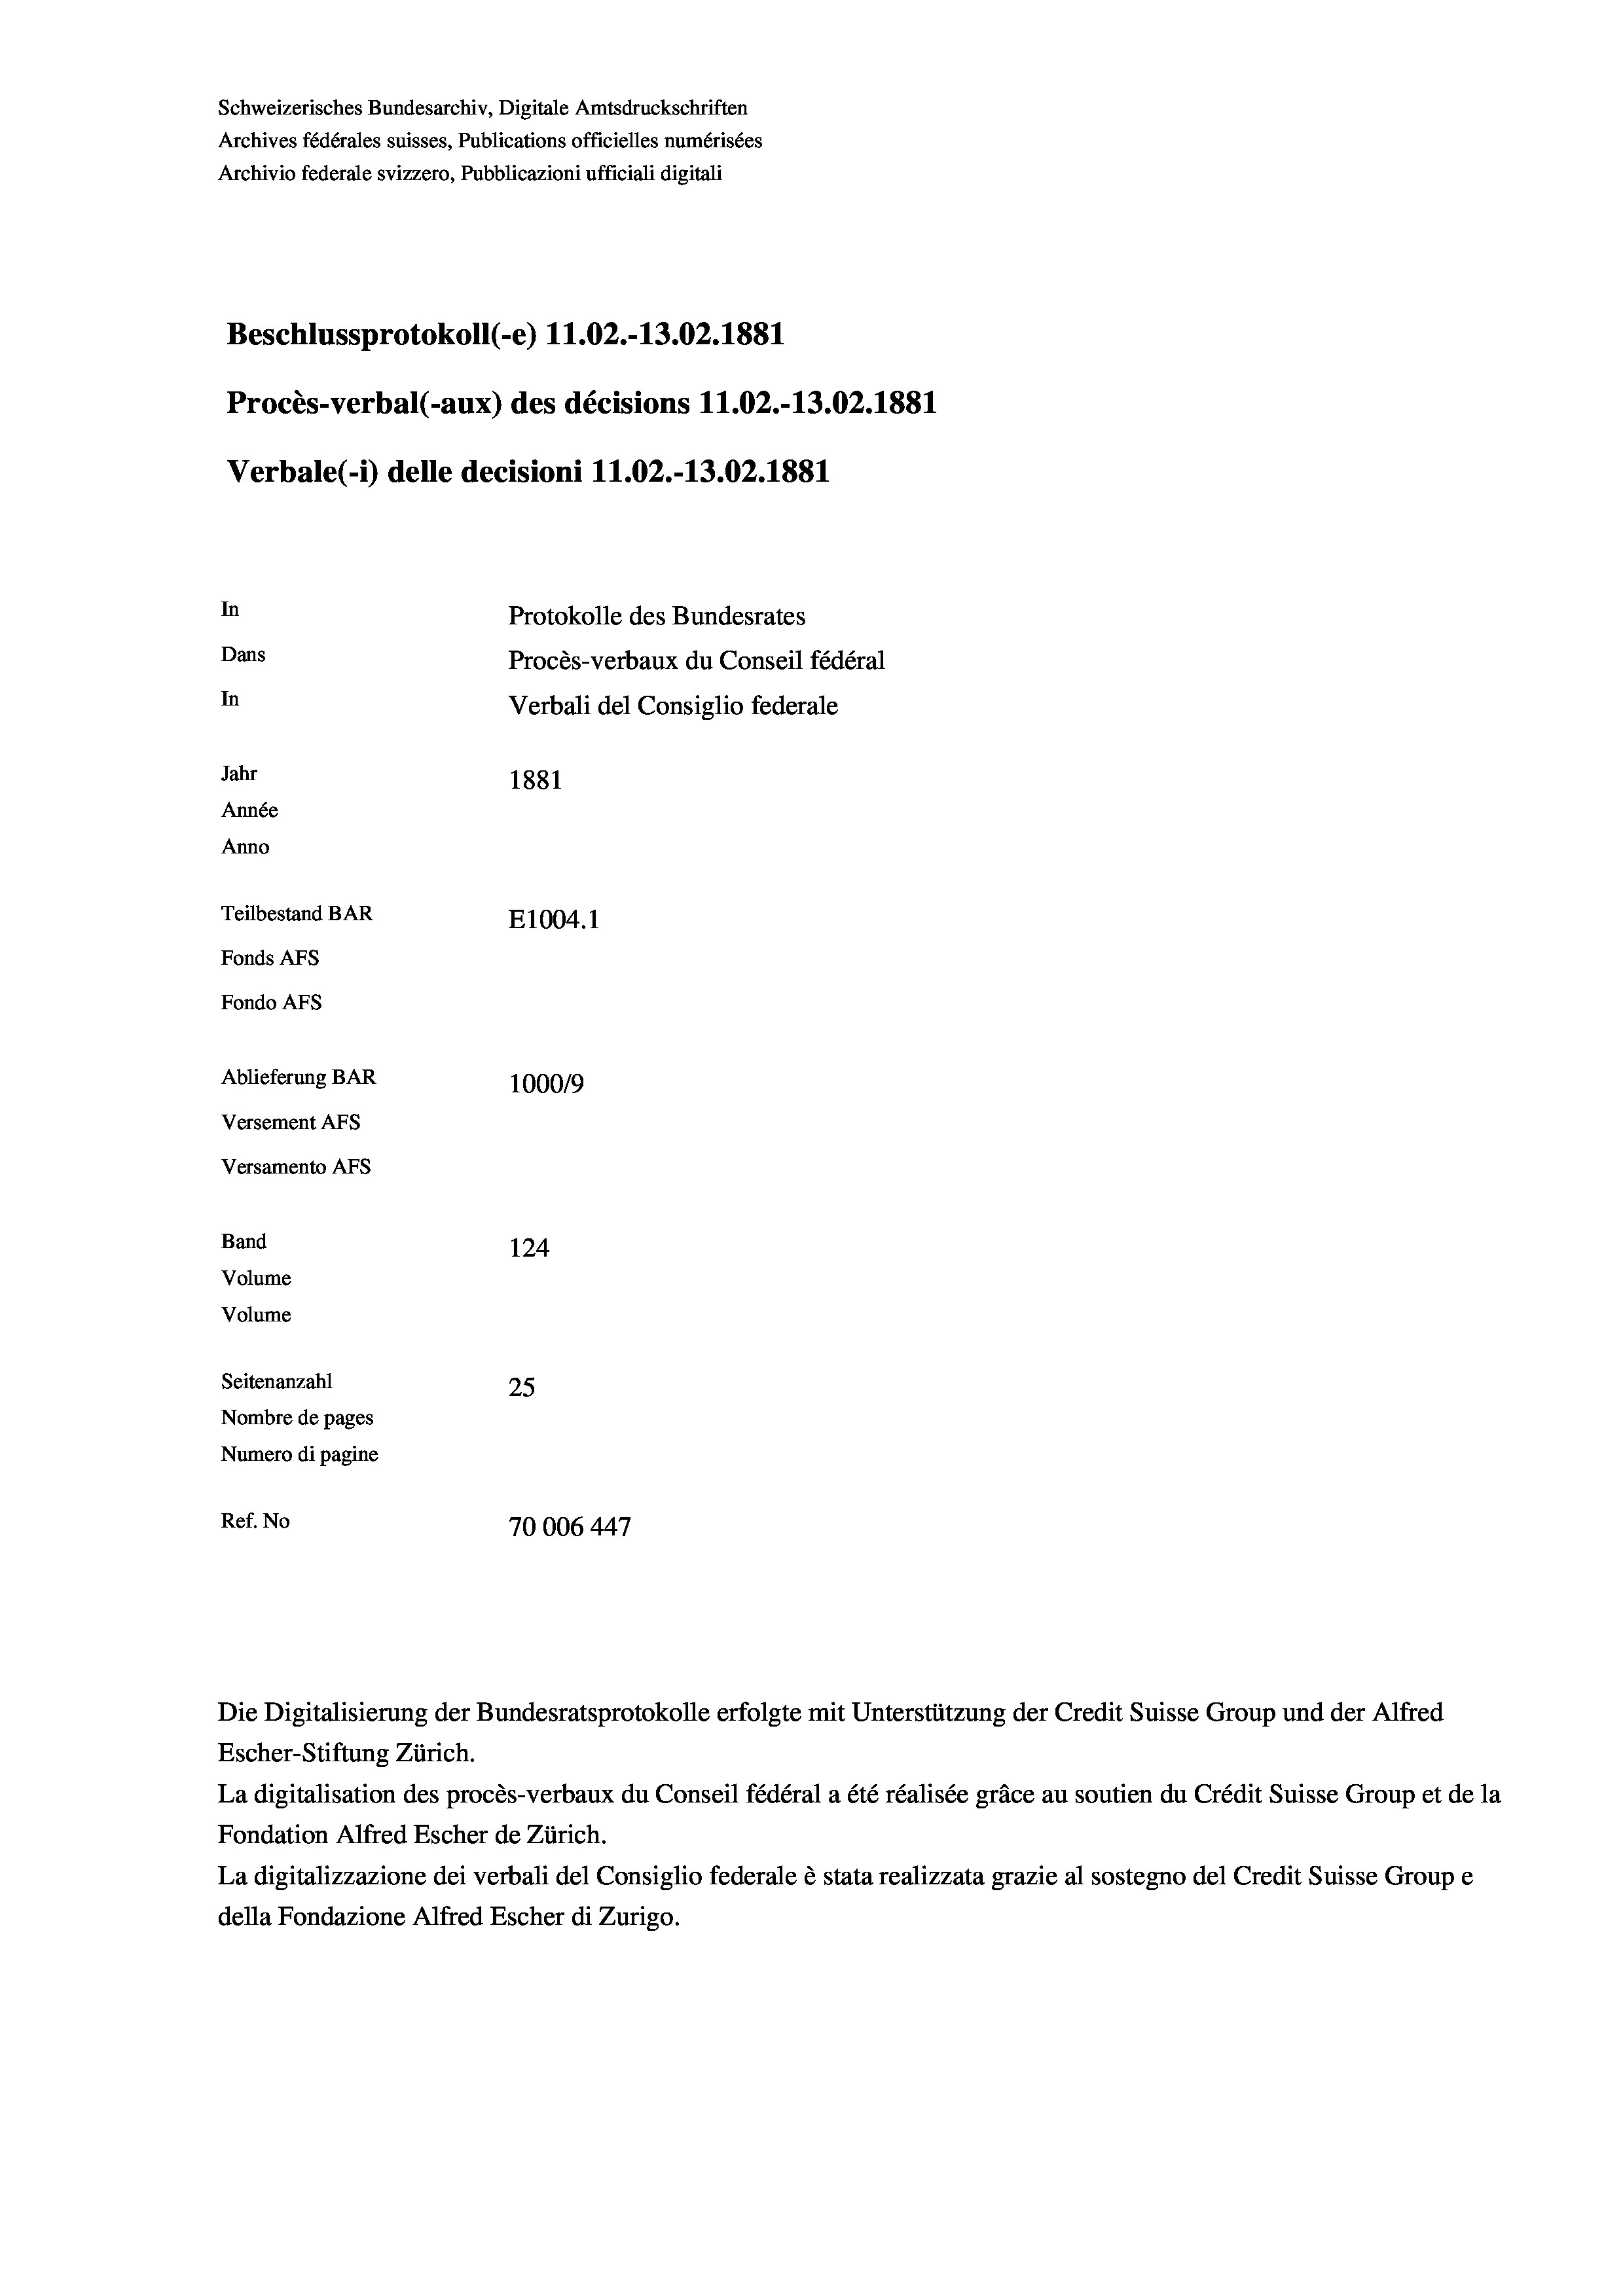
Schweizerisches Bundesarchiv, Digitale Amtsdruckschriften
Archives fédérales suisses, Publications officielles numérisées
Archivio federale svizzero, Pubblicazioni ufficiali digitali
Beschlussprotokoll (-e) 11.02.-13.02. 1881
Procès-verbal (-aux) des décisions 11.02.-13.02.1881
Verbale(-*) delle decisioni 11.02.-13.02.1881
In
Protokolle des Bundesrates
Dans
Procès-verbaux du Conseil fédéral
In
Verbali del Consiglio federale
Jahr
1881
Année
Anno
Teilbestand BAR
E1004. 1
Fonds AFs
Fondo Afs
Ablieferung BAR
100019
Versement AFs
Versamento Afs
Band
124
Volume
Volume
Seitenanzahl
25
Nombre de pages
Numero di pagine
Ref. No
70006 447

Escher-Stiftung Zürich.
La digitalisation des procès-verbaux du Conseil fédéral a été réalisée gräce au soutien du Crédit Suisse Group et de la
Fondation Alfred Escher de Zürich.
La digitalizzazione dei verbali del Consiglio federale è stata realizzata grazie al sostegno del Credit Suisse Groupe
della Fondazione Alfred Escher di Zurigo.

Die Digitalisierung der Bundesratsprotokolle erfolgte mit Unterstützung der Credit Suisse Group und der Alfred